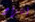
انتزاع